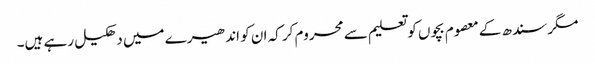
مگر سندھ کے معصوم بچوں کو تعلیم سے محروم کر کہ ان کو اندھیرے میں دھکیل رہے ہیں۔